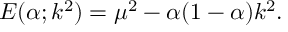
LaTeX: E ( \alpha ; k ^ { 2 } ) = \mu ^ { 2 } - \alpha ( 1 - \alpha ) k ^ { 2 } .